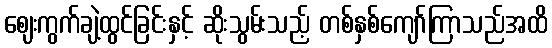
ဈေးကွက်ချဲ့ထွင်ခြင်းနှင့် ဆိုးသွမ်းသည့် တစ်နှစ်ကျော်ကြာသည်အထိ